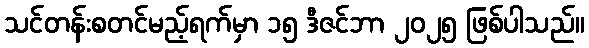
သင်တန်းစတင်မည့်ရက်မှာ ၁၅ ဒီဇင်ဘာ ၂၀၂၅ ဖြစ်ပါသည်။